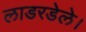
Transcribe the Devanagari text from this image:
लाडरडेले।